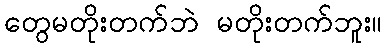
တွေမတိုးတက်ဘဲ မတိုးတက်ဘူး။